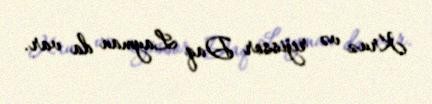
Kruz və rejissor Daq Layman da var.